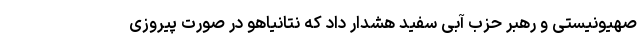
صهیونیستی و رهبر حزب آبی سفید هشدار داد که نتانیاهو در صورت پیروزی